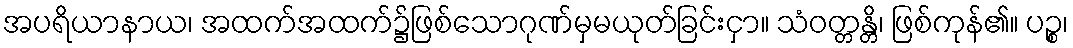
အပရိယာနာယ၊ အထက်အထက်၌ဖြစ်သောဂုဏ်မှမယုတ်ခြင်းငှာ။ သံဝတ္တန္တိ၊ ဖြစ်ကုန်၏။ ပဉ္စ၊